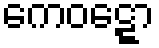
ကေဝဋ္ဋော